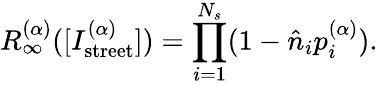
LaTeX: R_{\infty}^{(\alpha)}([I_{\mathrm{street}}^{(\alpha)}])=\prod_{i=1}^{N_{s}}(1-\hat{n}_{i}p_{i}^{(\alpha)}).